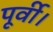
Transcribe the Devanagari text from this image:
पूर्वी।